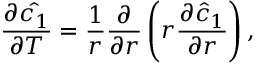
\frac { \partial \hat { c _ { 1 } } } { \partial T } = \frac { 1 } { r } \frac { \partial } { \partial r } \left( r \frac { \partial \hat { c } _ { 1 } } { \partial r } \right) ,